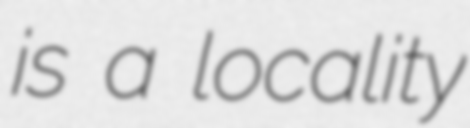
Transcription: is a locality